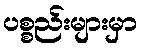
ပစ္စည်းများမှာ